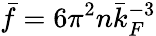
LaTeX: \bar{f}=6\pi^{2}n\bar{k}_{F}^{-3}